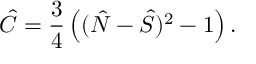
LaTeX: \hat { C } = \frac { 3 } { 4 } \left( ( \hat { \cal N } - \hat { S } ) ^ { 2 } - 1 \right) .